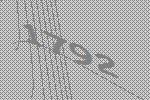
1792